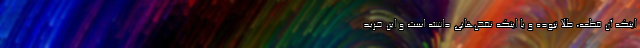
اینکه آن قطعه، طلا نبوده و یا اینکه نقض‌هایی داشته است و این خرید